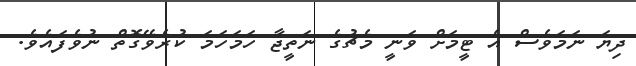
ދިޔަ ނަމަވެސް އެ ޓީމަށް ވަނީ މެޗުގެ ނަތީޖާ ހަމަހަމަ ކުރެވޭގޮތް ނުވެފައެވެ.